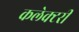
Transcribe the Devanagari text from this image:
कलेक्टरी